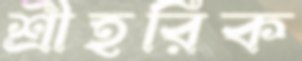
শ্রীহরিক